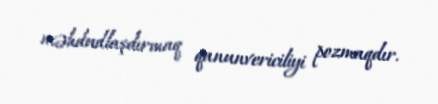
məhdudlaşdırmaq qanunvericiliyi pozmaqdır.